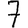
Digit: 7